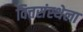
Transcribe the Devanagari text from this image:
वित्तसंस्थेला